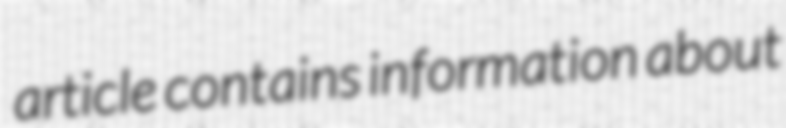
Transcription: article contains information about